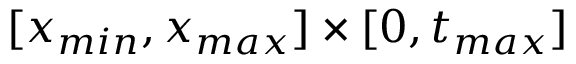
[ x _ { m i n } , x _ { m a x } ] \times [ 0 , t _ { m a x } ]